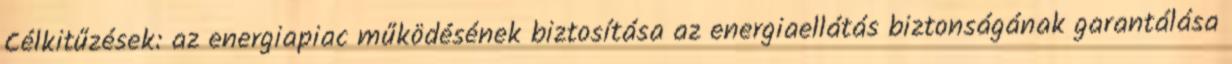
Célkitűzések: az energiapiac működésének biztosítása az energiaellátás biztonságának garantálása